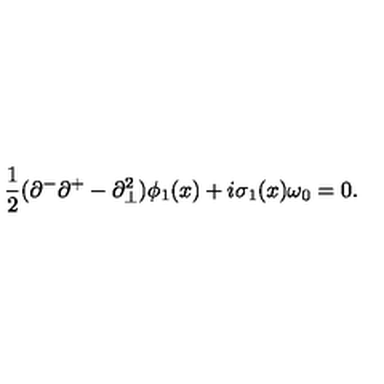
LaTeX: { \frac { 1 } { 2 } } ( \partial ^ { - } \partial ^ { + } - \partial _ { \bot } ^ { 2 } ) \phi _ { 1 } ( x ) + i \sigma _ { 1 } ( x ) \omega _ { 0 } = 0 .